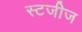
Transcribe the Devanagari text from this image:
स्टजीज